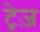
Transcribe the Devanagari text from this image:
ट्रेज़